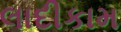
લાદીકામ